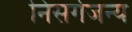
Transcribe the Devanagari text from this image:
निसर्गजन्य